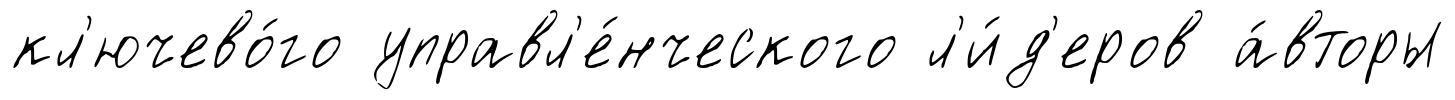
кл'ючево́го управл'е́нческого л'и́д'еров а́вторы